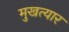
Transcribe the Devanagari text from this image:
मुखत्यार